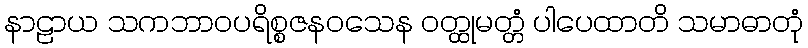
နာဠာယ သကဘာဝပရိစ္စဇနဝသေန ဝတ္ထုမတ္တံ ပါပေထာတိ သမာဓာတုံ